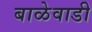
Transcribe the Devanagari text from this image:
बाळेवाडी